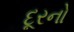
દૂરનો